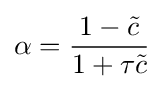
\alpha ={\frac {1-{\tilde {c}}}{1+\tau {\tilde {c}}}}